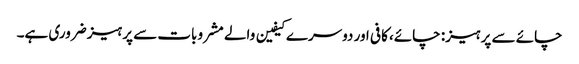
چائے سے پرہیز: چائے، کافی اور دوسرے کیفین والے مشروبات سے پرہیز ضروری ہے۔